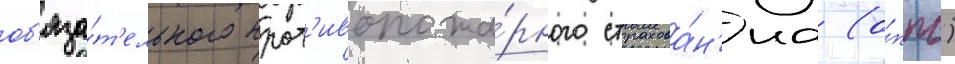
об'яза́т'ельного прот'ивопожа́рного страхова́н'иа (о́ппс)